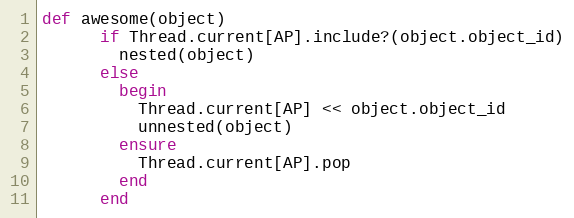
Language: Ruby
def awesome(object)
      if Thread.current[AP].include?(object.object_id)
        nested(object)
      else
        begin
          Thread.current[AP] << object.object_id
          unnested(object)
        ensure
          Thread.current[AP].pop
        end
      end